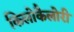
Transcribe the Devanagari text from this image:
किलोकैलोरी